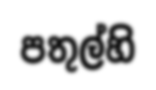
පතුල්හි